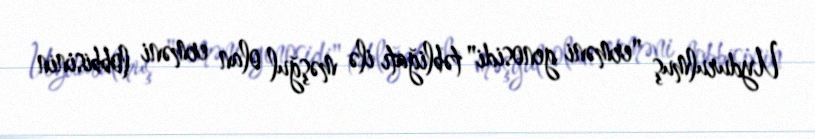
Uydurulmuş "erməni genosidi" təbliğatı ilə məşğul olan erməni lobbisinin